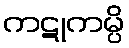
ကဋုကမ္ပိ